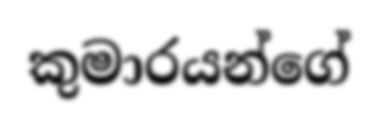
කුමාරයන්ගේ